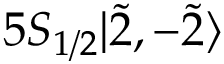
5 S _ { 1 / 2 } | \Tilde { 2 } , - \Tilde { 2 } \rangle